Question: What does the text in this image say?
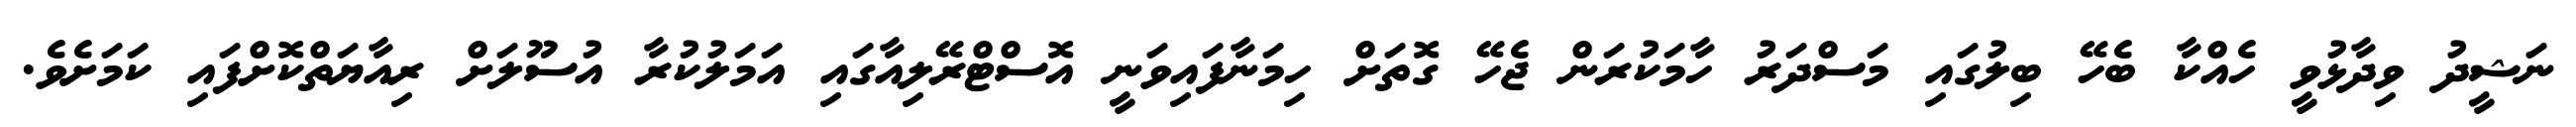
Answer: ނަޝީދު ވިދާޅުވީ ހެއްކާ ބެހޭ ބިލުގައި މަސްދަރު ހާމަކުރަން ޖެހޭ ގޮތަށް ހިމަނާފައިވަނީ އޮސްޓްރޭލިއާގައި އަމަލުކުރާ އުސޫލަށް ރިއާޔަތްކޮށްފައި ކަމަށެވެ.